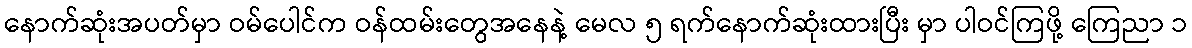
နောက်ဆုံးအပတ်မှာ ဝမ်ပေါင်က ဝန်ထမ်းတွေအနေနဲ့ မေလ ၅ ရက်နောက်ဆုံးထားပြီး မှာ ပါဝင်ကြဖို့ ကြေညာ ၁